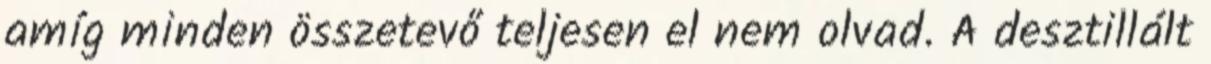
amíg minden összetevő teljesen el nem olvad. A desztillált